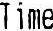
TIME